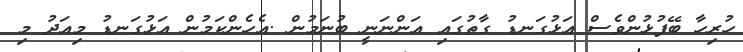
ހުރިހާ ބޭފުޅުންވެސް އަޅުގަނޑު ގާތުގައި އަންނަނީ ބުނަމުން .އެހެންކަމުން އަޅުގަނޑު މިއަދު މި